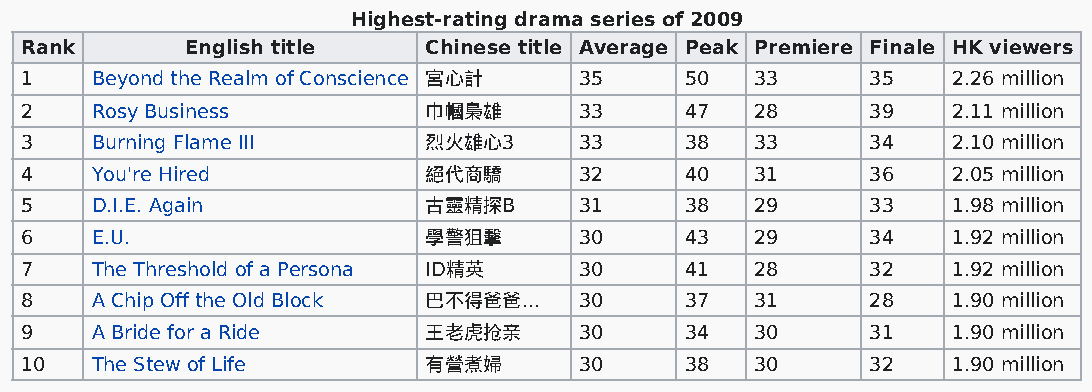
Highest-rating drama series of 2009
 Rank       English title   Chinese title Average Peak Premiere Finale HK viewers
 1    Beyond the Realm of Conscience 宮心計 35  50   33      35   2.26 million
 2    Rosy Business         巾幗梟雄      33     47   28      39   2.11 million
 3    Burning Flame III     烈火雄心3     33     38   33      34   2.10 million
 4    You're Hired          絕代商驕      32     40   31      36   2.05 million
 5    D.I.E. Again          古靈精探B     31     38   29      33   1.98 million
 6    E.U.                  學警狙擊      30     43   29      34   1.92 million
 7    The Threshold of a Persona ID精英 30     41   28      32   1.92 million
 8    A Chip Off the Old Block 巴不得爸爸... 30   37   31      28   1.90 million
 9    A Bride for a Ride    王老虎抢亲     30     34   30      31   1.90 million
 10   The Stew of Life      有營煮婦      30     38   30      32   1.90 million